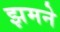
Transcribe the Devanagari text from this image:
झमने